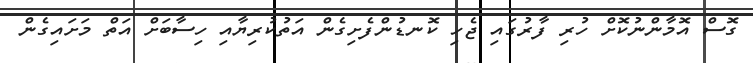
ގޮސް އޮމާންނުކޮށް ހުރި ފާރުގައި ޖެހި ކޮނޑުންފެށިގެން އަތުކުރިޔާއި ހިސާބަށް އަތް މަށައިގެން